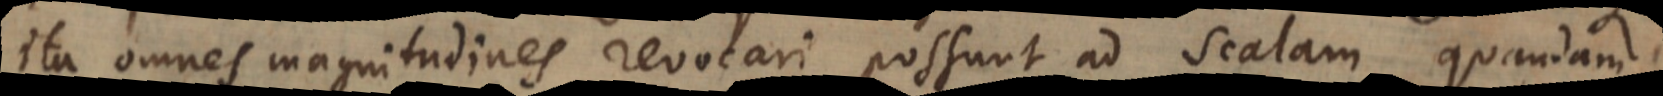
ita omnes magnitudines revocari possunt ad scalam quandam